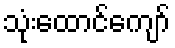
သုံးထောင်ကျော်